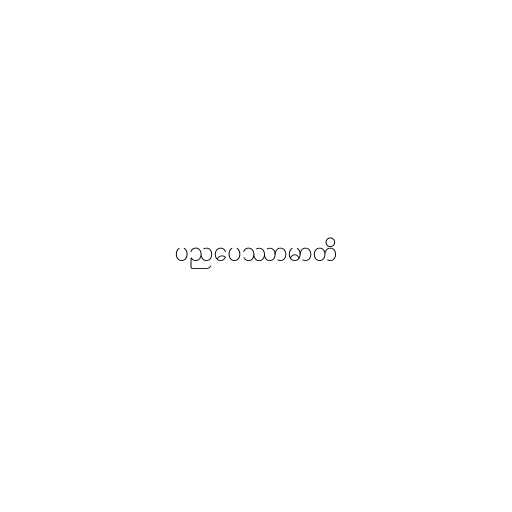
ပညပေဿာမာတိ